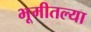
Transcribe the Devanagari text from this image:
भूमीतल्या